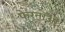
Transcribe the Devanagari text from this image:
फेरनॉओं